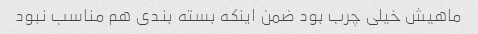
ماهیش خیلی چرب بود ضمن اینکه بسته بندی هم مناسب نبود